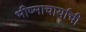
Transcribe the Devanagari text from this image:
भीष्माचार्याची